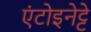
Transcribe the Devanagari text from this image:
एंटोइनेट्टे